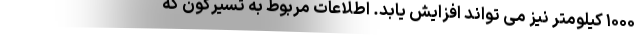
۱۰۰۰ کیلومتر نیز می تواند افزایش یابد. اطلاعات مربوط به تسیرکون که